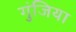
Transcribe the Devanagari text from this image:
गुंजिया